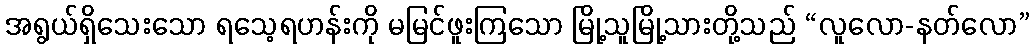
အရွယ်ရှိသေးသော ရသေ့ရဟန်းကို မမြင်ဖူးကြသော မြို့သူမြို့သားတို့သည် “လူလော-နတ်လော”